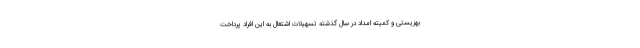
بهزیستی و کمیته امداد در سال گذشته تسهیلات اشتغال به این افراد پرداخت